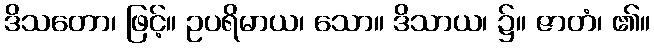
ဒိသတော၊ ဖြင့်။ ဥပရိမာယ၊ သော။ ဒိသာယ၊ ၌။ ဇာတံ၊ ၏။